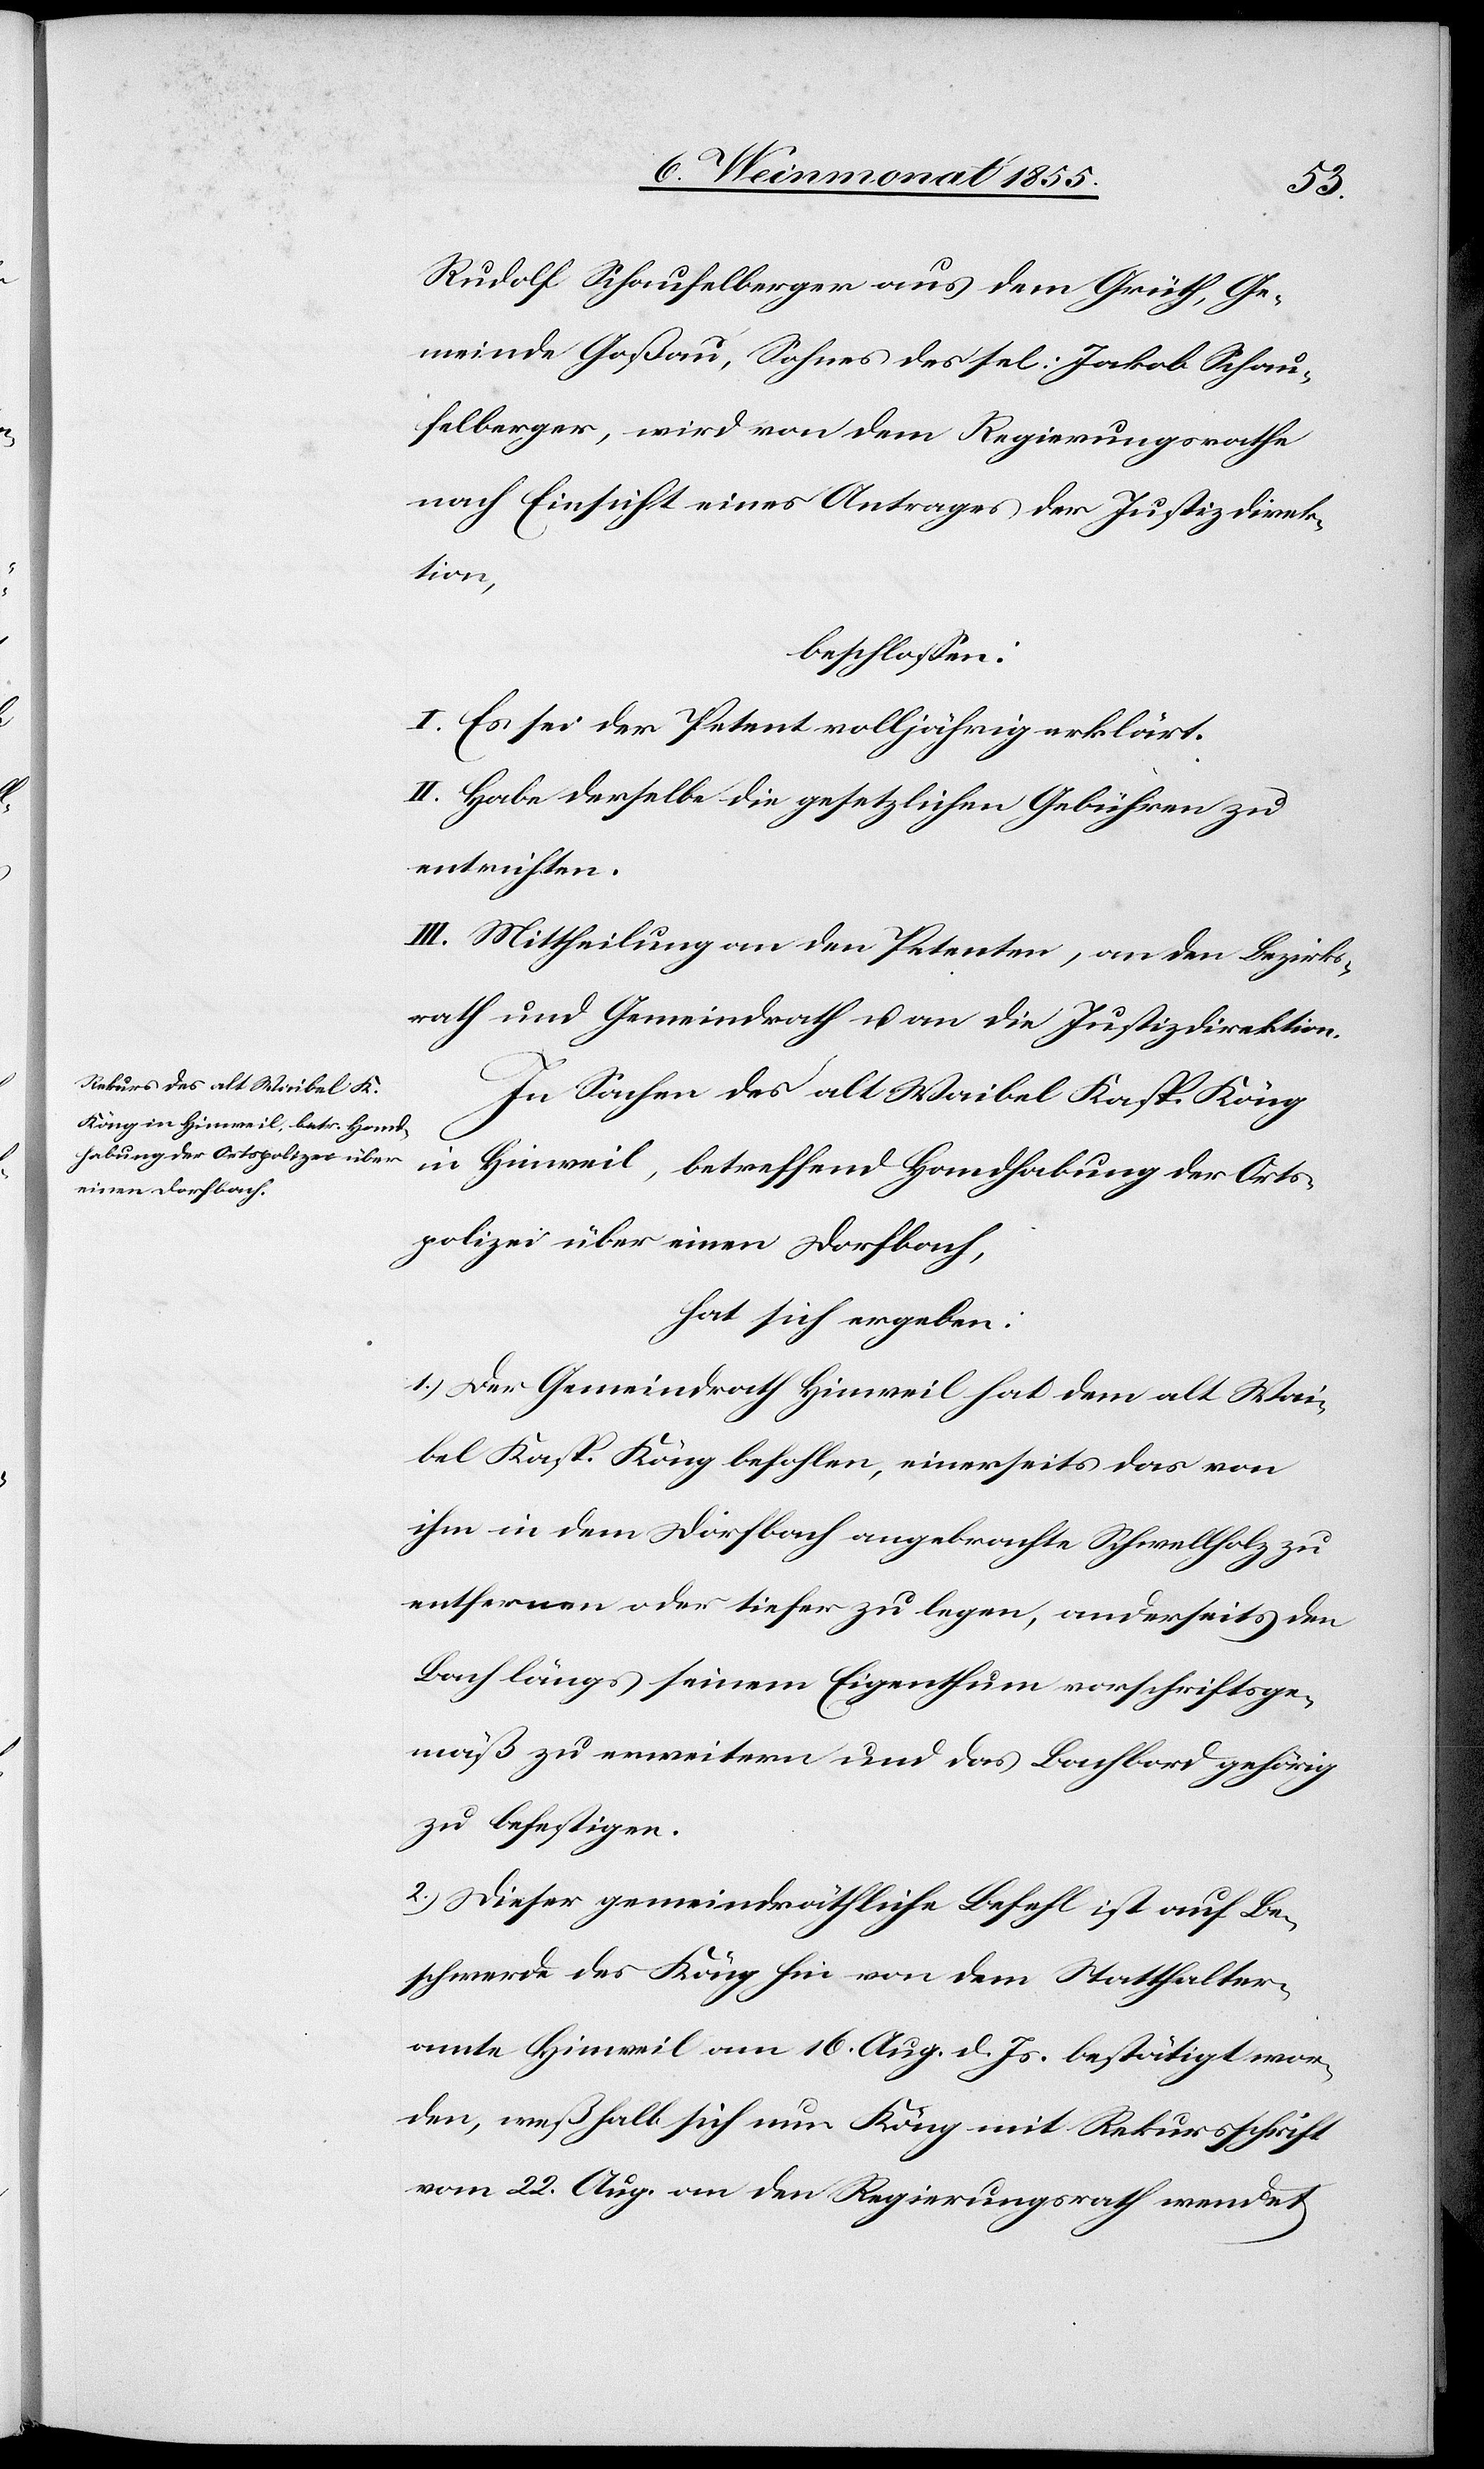
Rudolf Schaufelberger aus dem Grüth, Ge¬
meinde Goßau, Sohnes des sel: Jakob Schau¬
felberger, wird von dem Regierungsrathe
nach Einsicht eines Antrages der Justizdirek¬
tion,
beschlossen:
I. Es sei der Petent volljährig erklärt.
II. Habe derselbe die gesetzlichen Gebühren zu
entrichten.
III. Mittheilung an den Petenten, an den Bezirks¬
rath und Gemeindrath u. an die Justizdirektion.
In Sachen des alt Waibel Kasp. Köng
in Hinweil, betreffend Handhabung der Orts¬
polizei über einen Dorfbach,
hat sich ergeben:
1.) Der Gemeindrath Hinweil hat dem alt Wai¬
bel Kasp. Köng befohlen, einerseits das von
ihm in dem Dorfbach angebrachte Schwellholz zu
entfernen oder tiefer zu legen, anderseits den
Bach längs seinem Eigenthum vorschriftsge¬
mäß zu erweitern und das Bachbord gehörig
zu befestigen.
2.) Dieser gemeindräthliche Befehl ist auf Be¬
schwerde des Köng hin von dem Statthalter¬
amte Hinweil am 16. Aug. d. Js. bestätigt wor¬
den, weßhalb sich nun Köng mit Rekursschrift
vom 22. Aug. an den Regierungsrath wendet